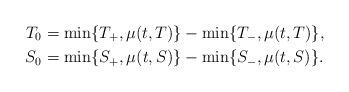
LaTeX: \begin{align*}T_0&=\min\{T_+,\mu(t,T)\}-\min\{T_-,\mu(t,T)\}, \\S_0&=\min\{S_+,\mu(t,S)\}-\min\{S_-,\mu(t,S)\}.\end{align*}